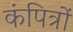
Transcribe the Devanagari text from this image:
कंपित्रों